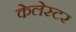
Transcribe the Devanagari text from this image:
केलेस्टर